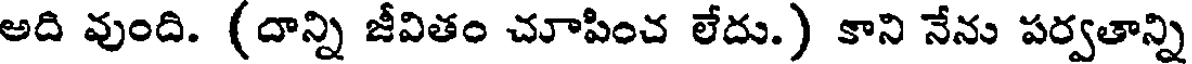
అది వుంది. (దాన్ని జీవితం చూపించ లేదు.) కాని నేను పర్వతాన్ని